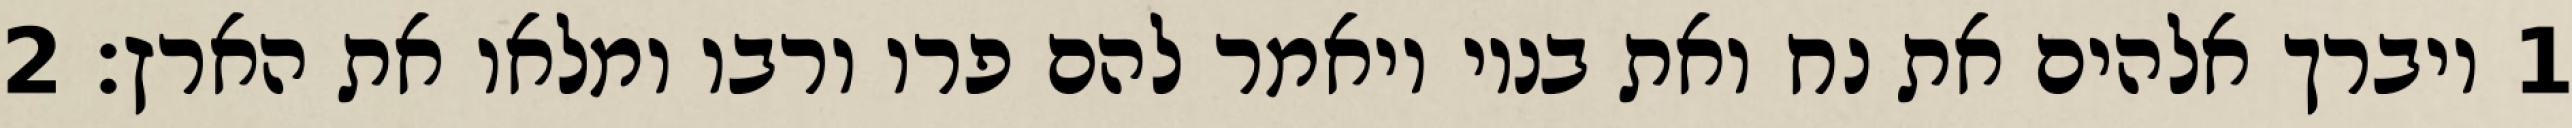
1 ויברך אלהים את נח ואת בניו ויאמר להם פרו ורבו ומלאו את הארץ׃ ‎2‏